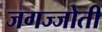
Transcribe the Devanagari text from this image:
जगज्जोती